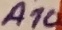
Text: A10